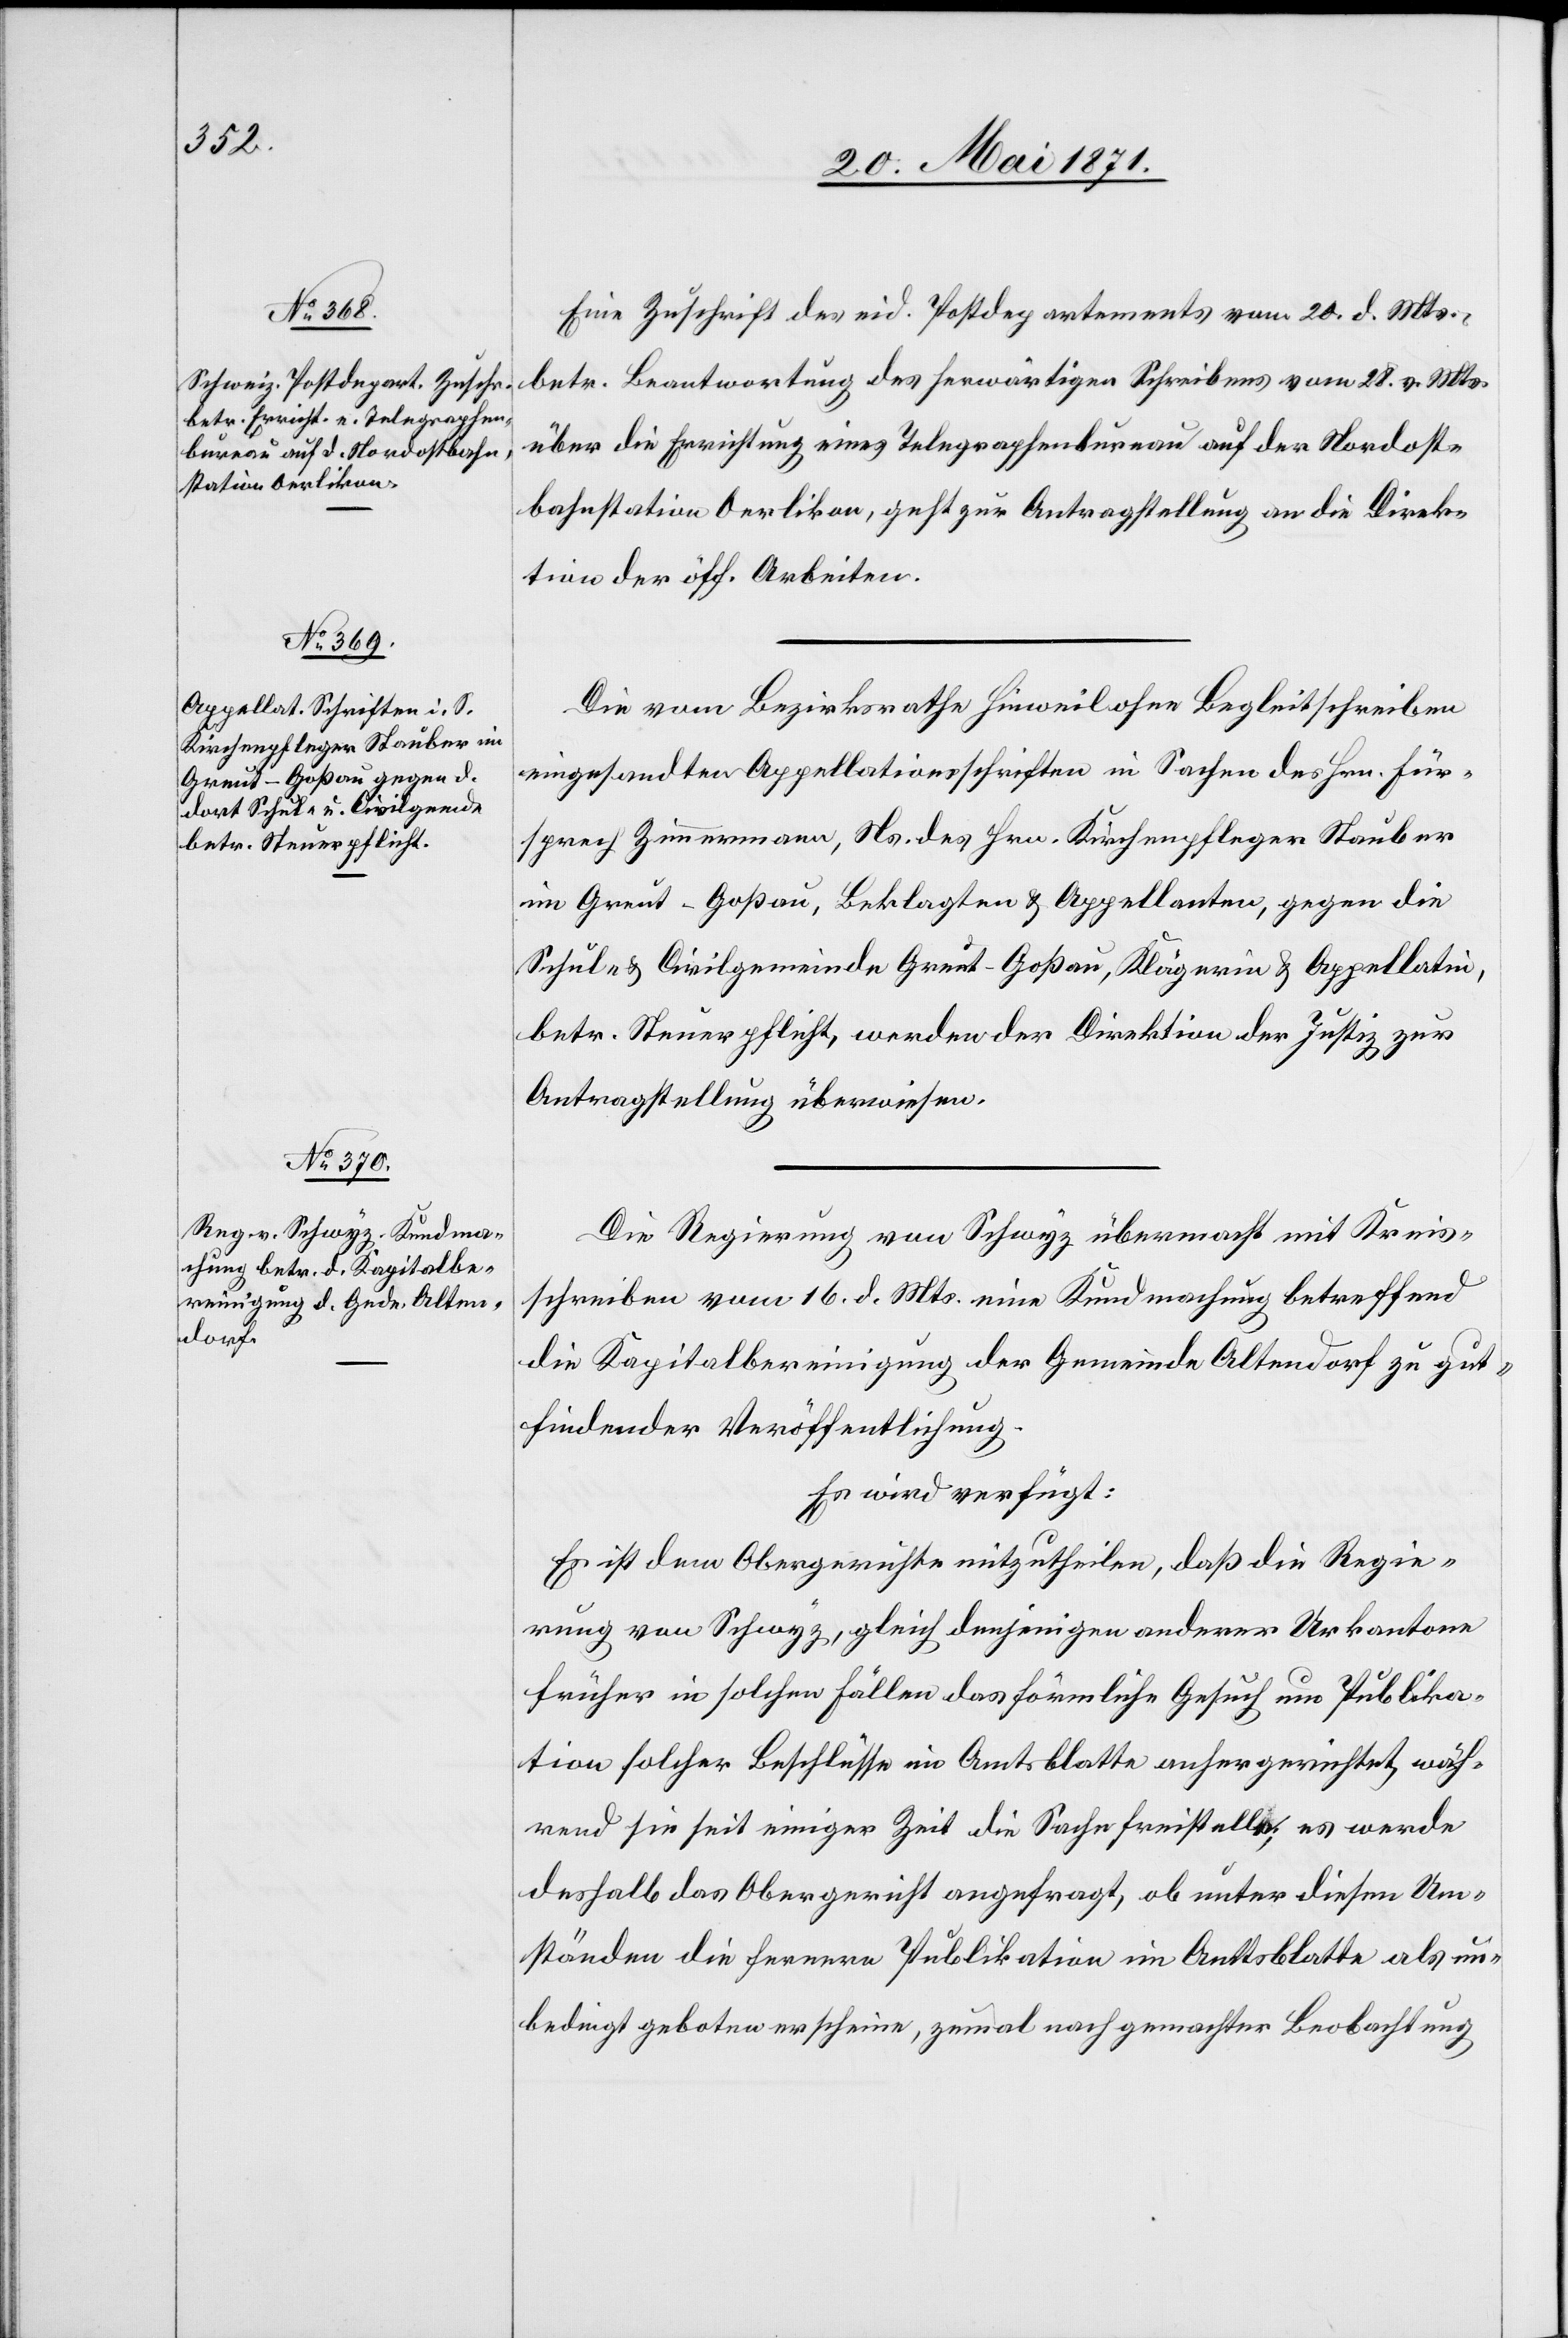
23. Mai 1871.]
Eine Zuschrift des eid. Postdepartements vom 20. d. Mts.,
betr. Beantwortung des herwärtigen Schreibens vom 28. v. Mts.
über die Errichtung eines Telegraphenbureau auf der Nordost¬
bahnstation Oerlikon, geht zur Antragstellung an die Direk¬
tion der öff. Arbeiten.
Die vom Bezirksrathe Hinweil ohne Begleitschreiben
eingesandten Appellationsschriften in Sachen des Hrn. Für¬
sprech Zimmermann, Ns. des Hrn. Kirchenpfleger Stauber
im Greut-Goßau, Beklagten u. Appellanten, gegen die
Schul- u. Civilgemeinde Greut-Goßau, Klägerin u. Appellatin,
betr. Steuerpflicht, werden der Direktion der Justiz zur
Antragstellung überwiesen.
Die Regierung von Schwyz übermacht mit Kreis¬
schreiben vom 16. d. Mts. eine Kundmachung betreffend
die Kapitalbereinigung der Gemeinde Altendorf zu gut¬
findender Veröffentlichung.
Es wird verfügt:
Es ist dem Obergerichte mitzutheilen, daß die Regie¬
rung von Schwyz, gleich denjenigen anderer Urkantone
früher in solchen Fällen das förmliche Gesuch um Publika¬
tion solcher Beschlüsse im Amtsblatte anhergerichtet, wäh¬
rend sie seit einiger Zeit die Sache freistelle; es werde
deshalb das Obergericht angefragt, ob unter diesen Um¬
ständen die fernere Publikation im Amtsblatte als un¬
bedingt geboten erscheine, zumal nach gemachter Beobachtung